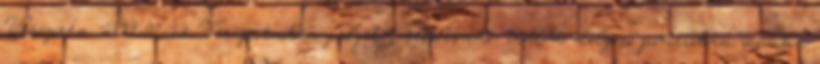
Veszprém 2018-07-12 Veszprémben projekt előkészítő- irodai dolgozó pozícióban munka